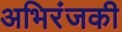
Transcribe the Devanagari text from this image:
अभिरंजकी